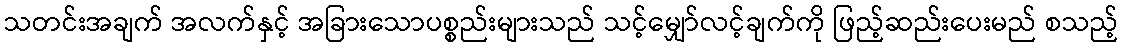
သတင်းအချက် အလက်နှင့် အခြားသောပစ္စည်းများသည် သင့်မျှော်လင့်ချက်ကို ဖြည့်ဆည်းပေးမည် စသည့်